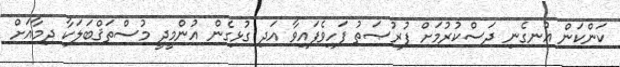
ކަންކަން އުނގެނި ދަސްކުރުމަށް ފުރުޞަތު ފަހިވެފައިވާ އަދި ގުޅިގެން އުންމީދީ މުސްތަޤްބަލަކާ ދިމާއަށް